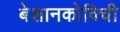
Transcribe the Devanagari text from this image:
बेशानकोविची